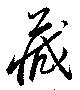
蔵